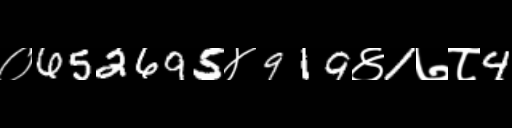
Text: ०652695४919४1७८4